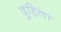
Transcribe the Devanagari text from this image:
दुहिला